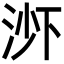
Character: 𬇭